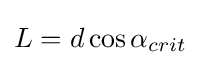
L=d\cos \alpha _{crit}\,\!